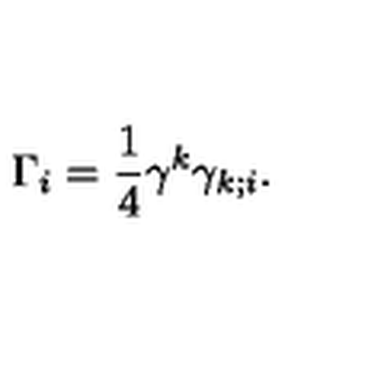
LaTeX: \Gamma _ { i } = \frac { 1 } { 4 } \gamma ^ { k } \gamma _ { k ; i } .